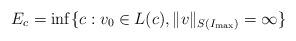
LaTeX: \begin{align*} E_c=\inf\{c: v_0\in L(c), \|v\|_{S(I_{\max})}=\infty\}\end{align*}